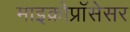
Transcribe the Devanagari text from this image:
माइक्रोप्रॉसेसर